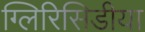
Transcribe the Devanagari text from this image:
ग्लिरिसिडीया